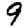
Digit: 9